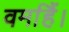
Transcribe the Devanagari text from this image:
वर्माहैं।